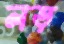
লড়